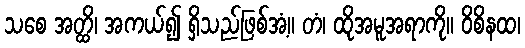
သစေ အတ္ထိ၊ အကယ်၍ ရှိသည်ဖြစ်အံ့။ တံ၊ ထိုအမူအရာကို။ ဝိစိနထ၊